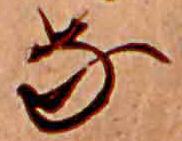
な